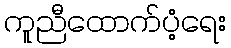
ကူညီထောက်ပံ့ရေး